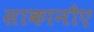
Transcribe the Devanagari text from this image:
साकानौए